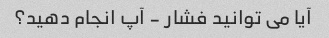
آیا می توانید فشار - آپ انجام دهید؟